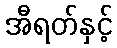
အီရတ်နှင့်